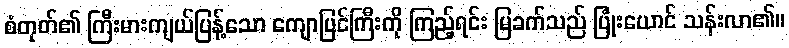
စံတုတ်၏ ကြီးမားကျယ်ပြန့်သော ကျောပြင်ကြီးကို ကြည့်ရင်း မြခက်သည် ပြုံးယောင် သန်းလာ၏။